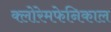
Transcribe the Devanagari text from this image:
क्लोरेमफेनिकाल